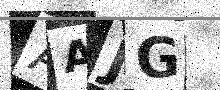
Text: AAJG